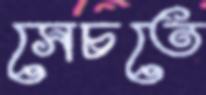
সেচতে